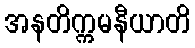
အနတိက္ကမနီယာတိ